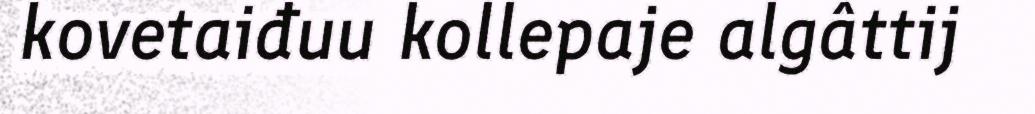
kovetaiđuu kollepaje algâttij